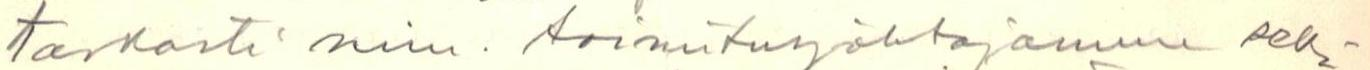
tarkasti nim. toimitusjohtajamme sekä